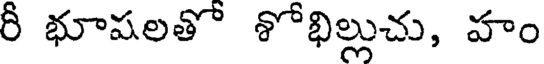
రీ భూషలతో శోభిల్లుచు, హాం